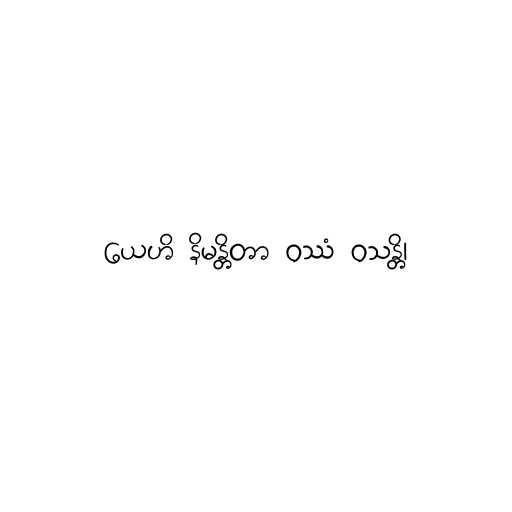
ယေဟိ နိမန္တိတာ ဝဿံ ဝသန္တိ၊